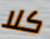
كلا